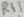
Text: R11